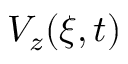
V _ { z } ( \xi , t )